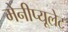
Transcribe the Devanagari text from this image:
मेनीप्यूलेट